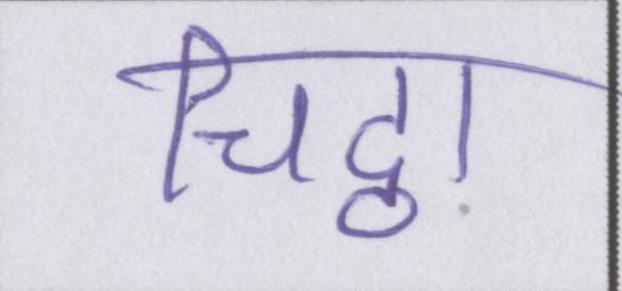
चिट्ठा